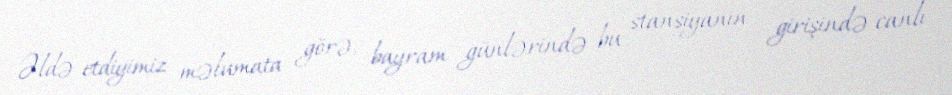
Əldə etdiyimiz məlumata görə, bayram günlərində bu stansiyanın girişində canlı